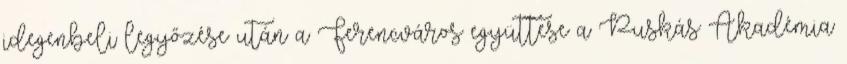
idegenbeli legyőzése után a Ferencváros együttese a Puskás Akadémia